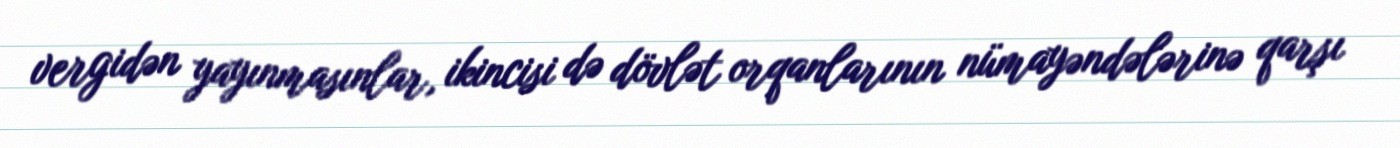
vergidən yayınmasınlar, ikincisi də dövlət orqanlarının nümayəndələrinə qarşı